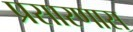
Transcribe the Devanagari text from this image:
प्रसारणास